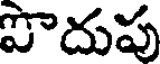
పొదుపు